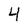
Character: 4